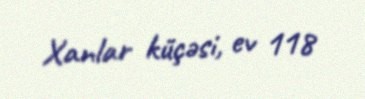
Xanlar küçəsi, ev 118